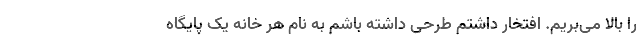
را بالا می‌بریم. افتخار داشتم طرحی داشته باشم به نام هر خانه یک پایگاه